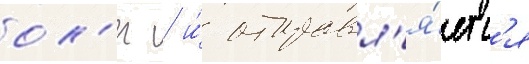
ол'ег / и́ отправл'я́етс'я